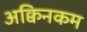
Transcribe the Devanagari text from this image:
अक्विनकम